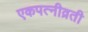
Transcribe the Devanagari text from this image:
एकपत्‍नीव्रती